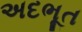
અદભૂત